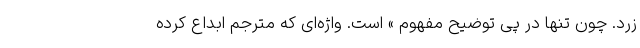
زرد. چون تنها در پی توضیح مفهوم » است. واژه‌ای که مترجم ابداع کرده